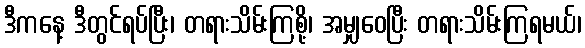
ဒီကနေ့ ဒီတွင်ရပ်ပြီး၊ တရားသိမ်းကြစို့၊ အမျှဝေပြီး တရားသိမ်းကြရမယ်၊